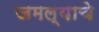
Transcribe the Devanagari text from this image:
जमल्याचे